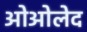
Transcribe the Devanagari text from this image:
ओओलेद